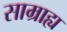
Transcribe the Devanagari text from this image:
साम्राह्य